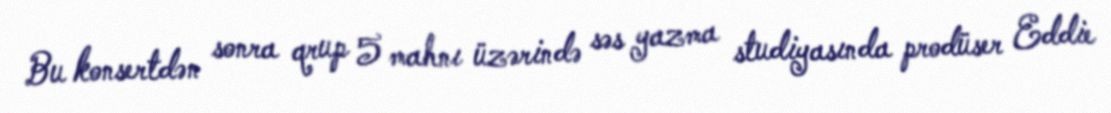
Bu konsertdən sonra qrup 5 mahnı üzərində səs yazma studiyasında prodüser Eddie